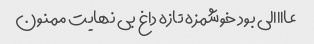
عاااالی بود خوشمزه تازه داغ بی نهایت ممنون